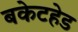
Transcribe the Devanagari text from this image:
बकेटहेड